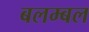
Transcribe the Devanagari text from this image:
बलम्बल